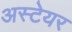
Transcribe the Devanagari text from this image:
अस्टेयर